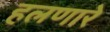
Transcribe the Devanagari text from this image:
हलणारे